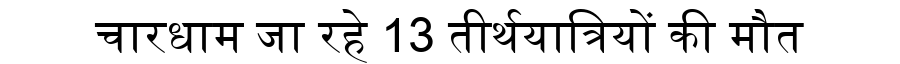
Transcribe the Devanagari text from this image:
चारधाम जा रहे 13 तीर्थयात्रियों की मौत